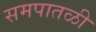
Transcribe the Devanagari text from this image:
समपातळी